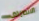
الانصراف